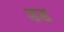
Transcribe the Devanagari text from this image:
डड